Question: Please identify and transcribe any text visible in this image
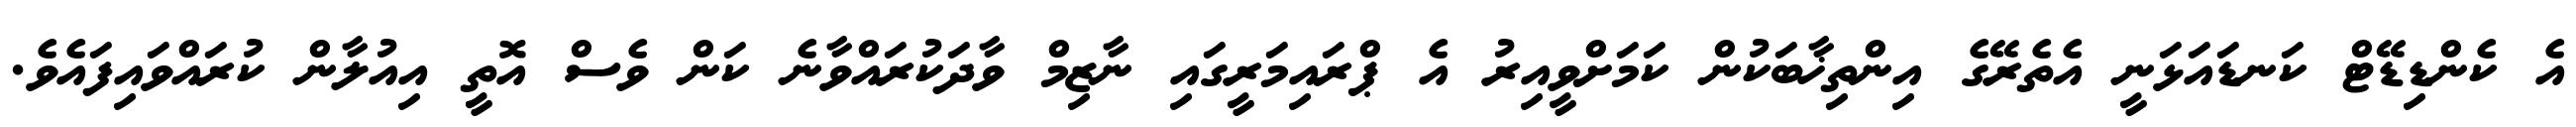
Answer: އެ ކެންޑިޑޭޓް ކަނޑައަޅަނީ އެތެރޭގެ އިންތިޚާބަކުން ކަމަށްވީއިރު އެ ޕްރައިމަރީގައި ނާޒިމް ވާދަކުރައްވާނެ ކަން ވެސް އޮތީ އިއުލާން ކުރައްވައިފައެވެ.